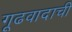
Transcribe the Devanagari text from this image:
गूढवादाची